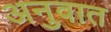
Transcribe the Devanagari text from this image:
अनुवात